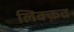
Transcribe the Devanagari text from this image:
लिक्क़त